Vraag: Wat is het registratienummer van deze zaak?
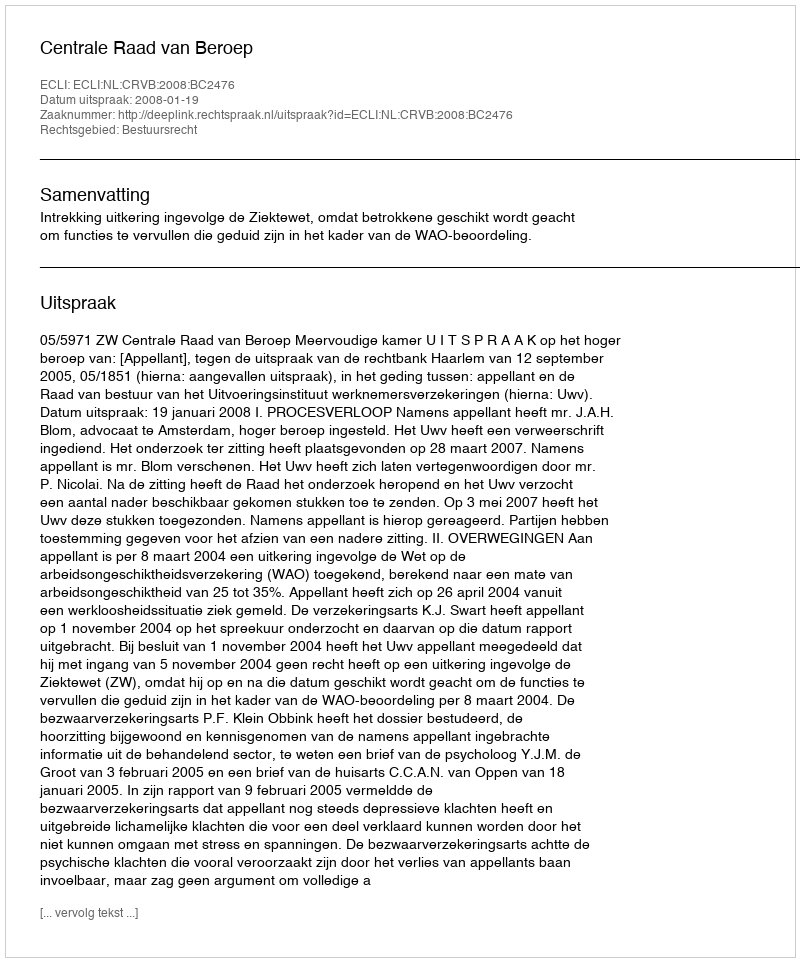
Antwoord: http://deeplink.rechtspraak.nl/uitspraak?id=ECLI:NL:CRVB:2008:BC2476